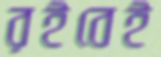
রইবেই